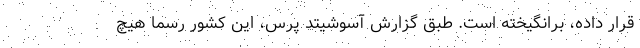
قرار داده، برانگیخته است. طبق گزارش آسوشیتد پرس، این کشور رسما هیچ